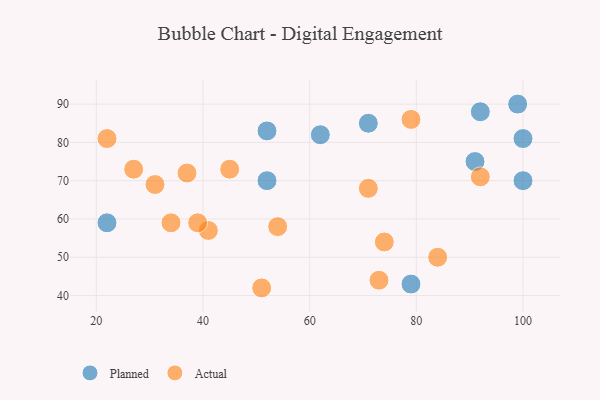
{"axis": {"x": "GDP", "y": "Life Expectancy"}, "legend": ["Actual", "Planned"], "data": [{"x": "100", "y": 70, "type": "Planned"}, {"x": "79", "y": 43, "type": "Planned"}, {"x": "52", "y": 70, "type": "Planned"}, {"x": "22", "y": 59, "type": "Planned"}, {"x": "71", "y": 85, "type": "Planned"}, {"x": "99", "y": 90, "type": "Planned"}, {"x": "91", "y": 75, "type": "Planned"}, {"x": "52", "y": 83, "type": "Planned"}, {"x": "100", "y": 81, "type": "Planned"}, {"x": "92", "y": 88, "type": "Planned"}, {"x": "62", "y": 82, "type": "Planned"}, {"x": "31", "y": 69, "type": "Actual"}, {"x": "22", "y": 81, "type": "Actual"}, {"x": "54", "y": 58, "type": "Actual"}, {"x": "71", "y": 68, "type": "Actual"}, {"x": "37", "y": 72, "type": "Actual"}, {"x": "73", "y": 44, "type": "Actual"}, {"x": "45", "y": 73, "type": "Actual"}, {"x": "41", "y": 57, "type": "Actual"}, {"x": "79", "y": 86, "type": "Actual"}, {"x": "27", "y": 73, "type": "Actual"}, {"x": "74", "y": 54, "type": "Actual"}, {"x": "51", "y": 42, "type": "Actual"}, {"x": "92", "y": 71, "type": "Actual"}, {"x": "84", "y": 50, "type": "Actual"}, {"x": "39", "y": 59, "type": "Actual"}, {"x": "34", "y": 59, "type": "Actual"}]}